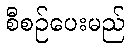
စီစဉ်ပေးမည်